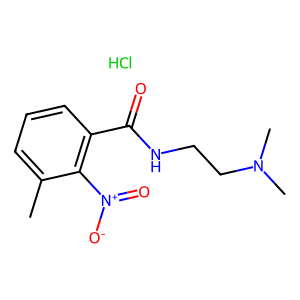
SMILES: Cc1cccc(C(=O)NCCN(C)C)c1[N+](=O)[O-].Cl
Inhibits HIV replication: No